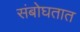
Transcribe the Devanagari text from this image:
संबोघतात